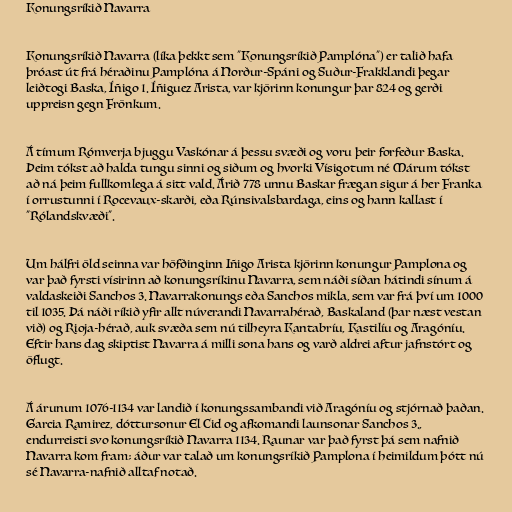
Konungsríkið Navarra

Konungsríkið Navarra (líka þekkt sem "Konungsríkið Pamplóna") er talið hafa
þróast út frá héraðinu Pamplóna á Norður-Spáni og Suður-Frakklandi þegar
leiðtogi Baska, Íñigo 1. Íñiguez Arista, var kjörinn konungur þar 824 og gerði
uppreisn gegn Frönkum.

Á tímum Rómverja bjuggu Vaskónar á þessu svæði og voru þeir forfeður Baska.
Þeim tókst að halda tungu sinni og siðum og hvorki Vísigotum né Márum tókst
að ná þeim fullkomlega á sitt vald. Árið 778 unnu Baskar frægan sigur á her Franka
í orrustunni í Rocevaux-skarði, eða Rúnsivalsbardaga, eins og hann kallast í
"Rólandskvæði".

Um hálfri öld seinna var höfðinginn Iñigo Arista kjörinn konungur Pamplona og
var það fyrsti vísirinn að konungsríkinu Navarra, sem náði síðan hátindi sínum á
valdaskeiði Sanchos 3. Navarrakonungs eða Sanchos mikla, sem var frá því um 1000
til 1035. Þá náði ríkið yfir allt núverandi Navarrahérað, Baskaland (þar næst vestan
við) og Rioja-hérað, auk svæða sem nú tilheyra Kantabríu, Kastilíu og Aragóníu.
Eftir hans dag skiptist Navarra á milli sona hans og varð aldrei aftur jafnstórt og
öflugt.

Á árunum 1076-1134 var landið í konungssambandi við Aragóníu og stjórnað þaðan.
Garcia Ramirez, dóttursonur El Cid og afkomandi launsonar Sanchos 3.,
endurreisti svo konungsríkið Navarra 1134. Raunar var það fyrst þá sem nafnið
Navarra kom fram; áður var talað um konungsríkið Pamplona í heimildum þótt nú
sé Navarra-nafnið alltaf notað.